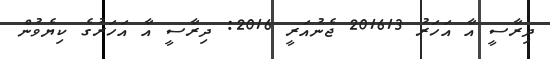
ދިރާސީ އާ އަހަރު 201613 ޖެނުއަރީ 2016: ދިރާސީ އާ އަހަރުގެ ކިޔެވުން